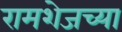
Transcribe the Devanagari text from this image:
रामशेजच्या